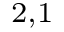
^ { 2 , 1 }